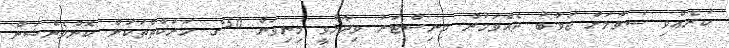
ކުރެއްވި ސުވާލަށް ޖަވާބު ދެއްވަމުން މިނިސްޓަރު ވިދާޅުވީ މިނިވަން 50ގެ ހަރަކާތްތަކަށް ކޮންވެންޝަން